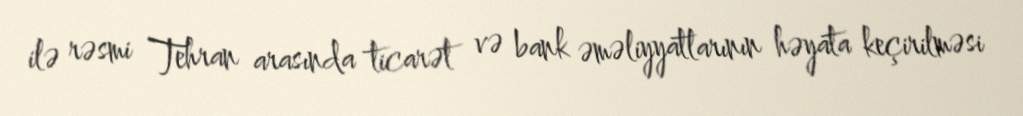
ilə rəsmi Tehran arasında ticarət və bank əməliyyatlarının həyata keçirilməsi